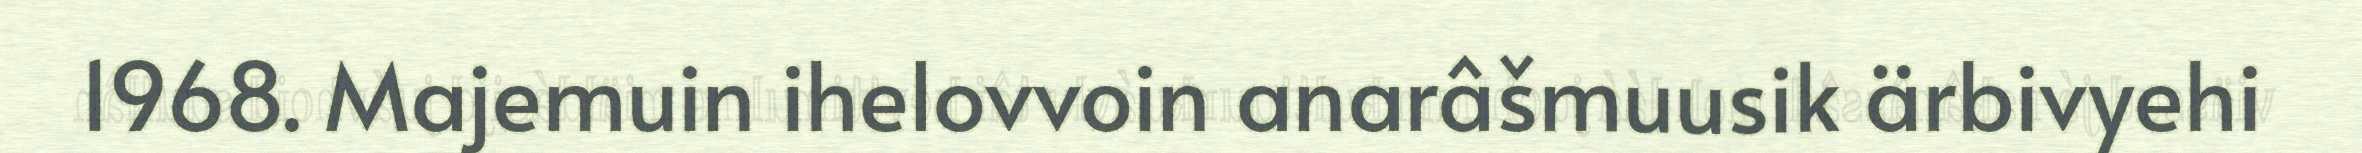
1968. Majemuin ihelovvoin anarâšmuusik ärbivyehi